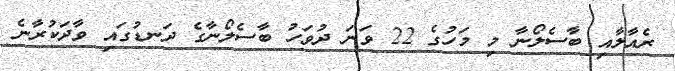
ރެއާލާއި ބާސެލޯނާ މި މަހުގެ 22 ވަނަ ދުވަހު ބާސެލޯނާގެ ދަނޑުގައި ވާދަކުރާނެ